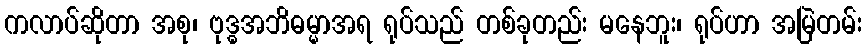
ကလာပ်ဆိုတာ အစု၊ ဗုဒ္ဓအဘိဓမ္မာအရ ရုပ်သည် တစ်ခုတည်း မနေဘူး၊ ရုပ်ဟာ အမြဲတမ်း